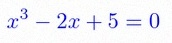
x^3-2x+5=0